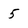
Character: 5